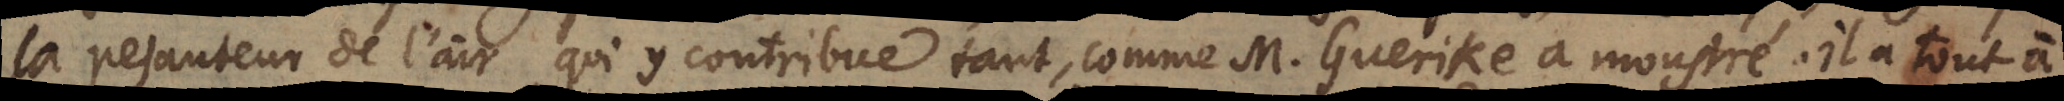
la pesanteur de l’air, qui y contribue tant, comme M. Guerike a monstré. Il a tout à.